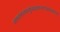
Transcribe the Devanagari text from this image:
चारुहासंलसत्कुंडलक्रान्तगंडस्थलांगम्‌